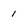
Character: 1